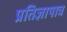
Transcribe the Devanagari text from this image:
प्रतिज्ञापात्र